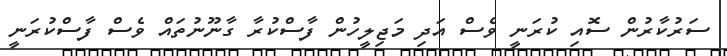
ސަރުކާރުން ސޮއި ކުރަނީ ވެސް އަދި މަޖިލީހުން ފާސްކުރާ ގާނޫނުތައް ވެސް ފާސްކުރަނީ